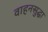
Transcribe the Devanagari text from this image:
वाहनसुद्धा